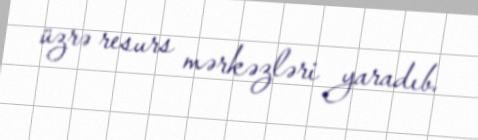
üzrə resurs mərkəzləri yaradıb.